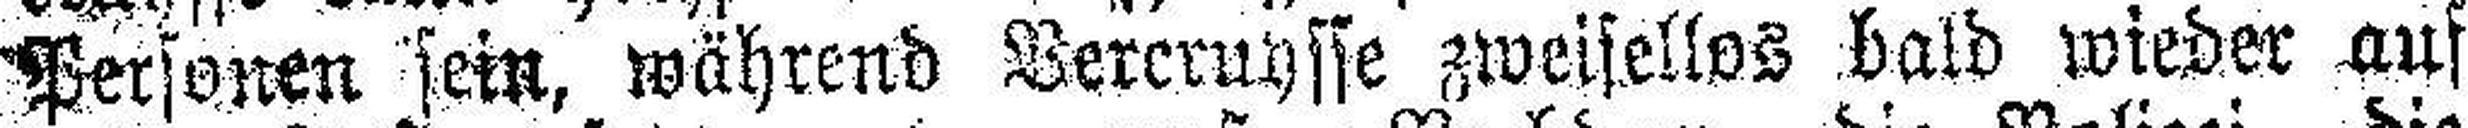
Personen sein, während Vercruysse zweisellos bald wieder auf